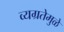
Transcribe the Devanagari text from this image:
व्यग्रतेमुळे